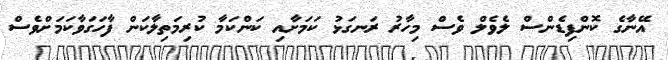
އޭނާގެ ކޮންފިޑެންސް ލެވެލް ވެސް މިހާރު ރަނގަޅު ކަމަށާއި ކަންކަމާ ކުރިމަތިލާކަން ފާހަގަވާކަމަށްވެސް